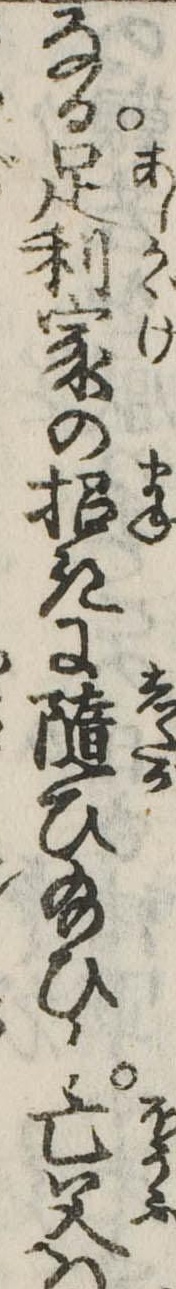
なる足利家の招きに随ひ給ひし亡父は